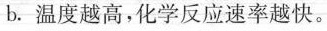
b。温度越高，化学反应速率越快。